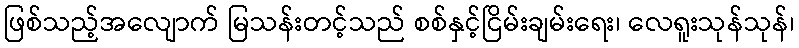
ဖြစ်သည့်အလျောက် မြသန်းတင့်သည် စစ်နှင့်ငြိမ်းချမ်းရေး၊ လေရူးသုန်သုန်၊